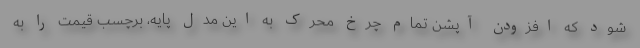
شود که افزودن آپشن تمام چرخ محرک به این مدل پایه، برچسب قیمت را به